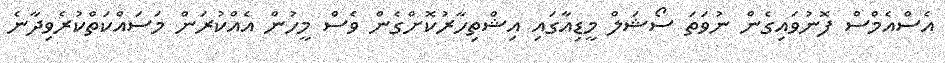
އެސްއެމްސް ފޮނުވައިގެން ނުވަތަ ސޯޝަލް މީޑިއާގައި އިޝްތިހާރުކޮށްގެން ވެސް މީހުން އެއްކުރަން މަސައްކަތްކުރެވިދާނެ